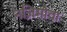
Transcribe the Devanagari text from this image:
नज़िमोवा